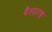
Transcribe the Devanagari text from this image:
वैशारद्य